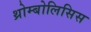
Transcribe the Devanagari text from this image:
थ्रोम्बोलिसिस